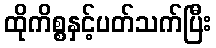
ထိုကိစ္စနှင့်ပတ်သက်ပြီး